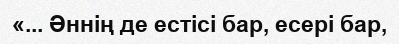
«... Әннің де естісі бар, есері бар,